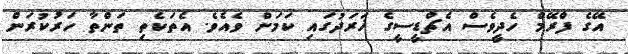
އޭގެ ފްރޭމް ހެދީވެސް އެޗްޑީސީގެ ޚަރަދުގައި ކަމަށް ވެއެވެ. އެތަކެތި ތަންތާ ހަރުކުރަން